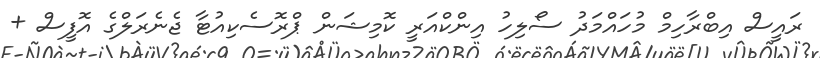
ރައީސް އިބްރާހިމް މުހައްމަދު ސޯލިހު އިންކްއަރީ ކޮމިޝަން ޕްރޮސެކިއުޓާ ޖެނެރަލްގެ އޮފީސް +